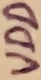
Text: VDD